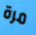
مرة